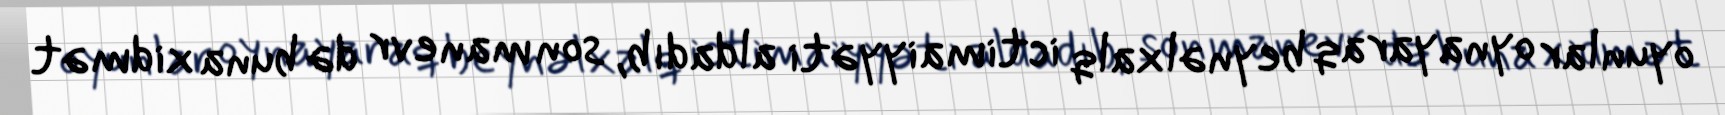
oyunlar oynayaraq beynəlxalq ictimaiyyəti aldadıb, son manevr də buna xidmət